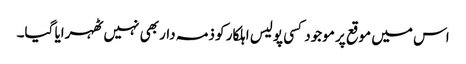
اس میں موقع پر موجود کسی پولیس اہلکار کو ذمہ دار بھی نہیں ٹھہرایا گیا۔